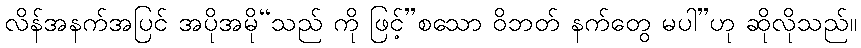
လိန်အနက်အပြင် အပိုအမို“သည် ကို ဖြင့်”စသော ဝိဘတ် နက်တွေ မပါ”ဟု ဆိုလိုသည်။